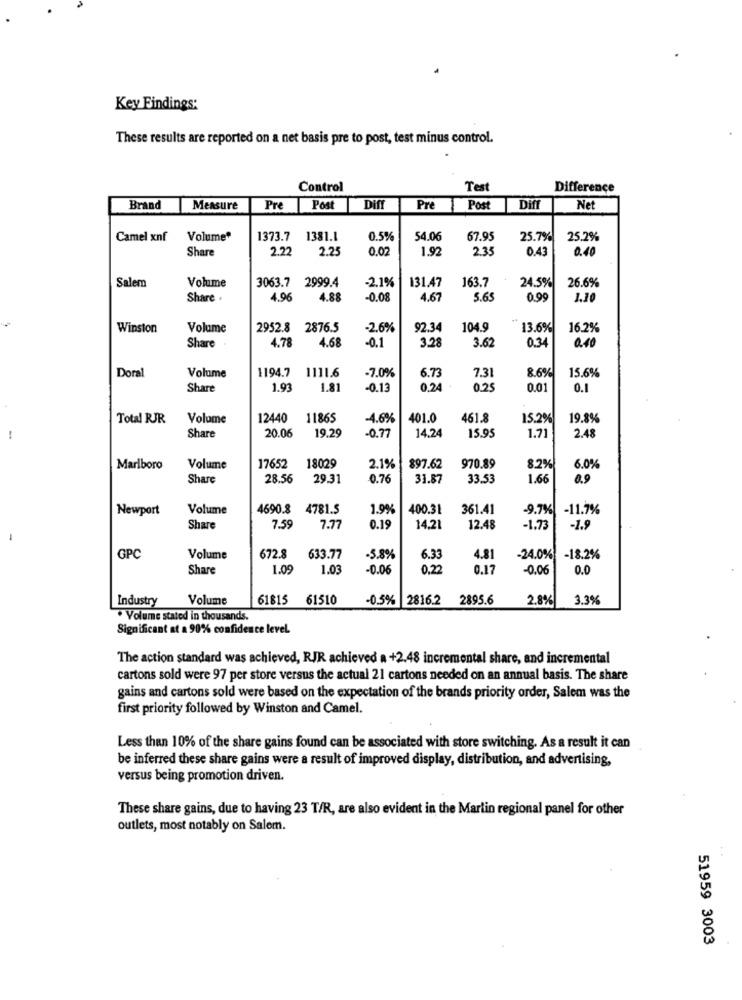
Key Findings:
These results are reported on a net basis pre to post, test minus control.
Control
Test
Difference
Brand
Measure
Pre
Post
Dif
Pre
Post
Diff
Net
Camel xnf
Volume*
1373.7 1381.1
0.5%
54.06
67.95
25.7%
25.2%
Share
2.27
2.25
0.0
1.92
235
0.43
0.40
Volume
163.7
24.5%
26.6%
Salem
3063.7 2999.4
-2.1%
131.47
Share .
4.96
4.88
-0.08
4.67
5.65
0.95
1.10
Winston
Volume
2952.8 2876.5
-2.6%
92.34
104.9
13.6%
16.2%
4.78
4.68
3.28
3.62
0.34
0.10
Share
-0.1
1194.7
1111.6
-7.0%
8.6%
15.6%
Doral
Volume
6.73
7.31
Share
1.91
1.81
-0.13
0.24
0.25
0.01
0.1
Total RJR
Volume
12440
11865
-4.6%
401.
461.5
15.2%
19.8%
Share
20.06
19.29
14.24
15.95
1.71
2.48
-
-0.77
18029
Marlboro
Volume
17652
2.1%
897.62
970.89
8.2%
6.0%
Share
28.56
29.31
0.76
33.87
33.53
1.66
0.9
Newport
Volume
4690.8 4781.5
1.9%
400.31
361.41
-9.7%
-11.7%
Share
7.59
7.77
0.19
14,21
12.48
-1.73
-1.5
-
GPC
Volume
672.8
633.77
-5.8%
6.33
4.81
-24.0%
-18.2%
Share
1.09
1.03
-0.06
0.22
0.17
-0.06
0.0
Industry
Volume
61815 61510
-0.5% 2816.2
2895.6
2.8%
3.3%
. Volume stated in thousands.
Significant at a 90% confidence level.
The action standard was achieved, RJR achieved a +2.48 incremental share, and incremental
cartons sold were 97 per store versus the actual 21 cartons needed on an annual basis. The share
gains and cartons sold were based on the expectation of the brands priority order, Salem was the
first priority followed by Winston and Camel.
Less than 10% of the share gains found can be associated with store switching. As a result it can
be inferred these share gains were a result of improved display, distribution, and advertising,
versus being promotion driven.
These share gains, due to having 23 T/R, are also evident in the Marlin regional panel for other
outlets, most notably on Salem.
51959 3003